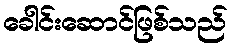
ခေါင်းဆောင်ဖြစ်သည်